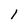
Character: 1